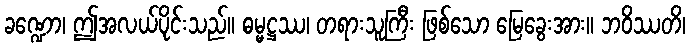
ခဏ္ဍော၊ ဤအလယ်ပိုင်းသည်။ ဓမ္မဋ္ဌဿ၊ တရားသူကြီး ဖြစ်သော မြေခွေးအား။ ဘဝိဿတိ၊